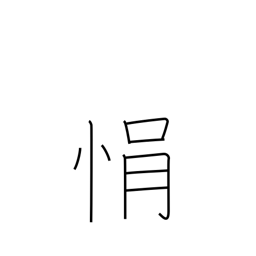
Meaning: impatience